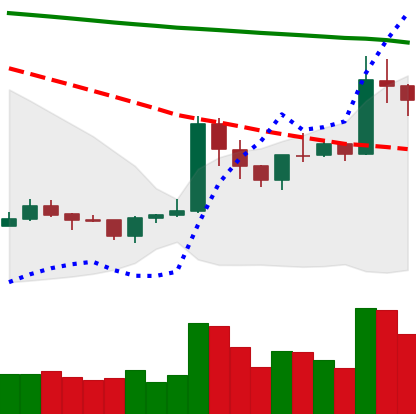
Ticker: XRP-USD
Chart end date: 2020-01-16
Forward return: 3.759%
Label: up_3_5